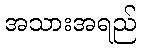
အသားအရည်